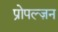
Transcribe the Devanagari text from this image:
प्रोपल्ज़न